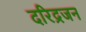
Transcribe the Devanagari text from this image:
दरिद्रजन